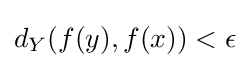
d_{Y}(f(y),f(x))<\epsilon